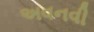
અવનવી